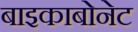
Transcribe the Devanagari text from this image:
बाइकाबोनेट